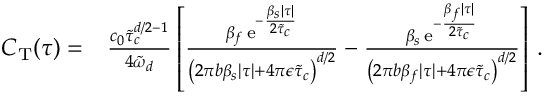
\begin{array} { r l } { C _ { \mathrm { T } } ( \tau ) = } & { \frac { c _ { 0 } \tilde { \tau } _ { c } ^ { d / 2 - 1 } } { 4 \tilde { \omega } _ { d } } \left[ \frac { \beta _ { f } \, \mathrm { e } ^ { - \frac { \beta _ { s } \lvert \tau \rvert } { 2 \tilde { \tau } _ { c } } } } { \left( 2 \pi b \beta _ { s } \lvert \tau \rvert + 4 \pi \epsilon \tilde { \tau } _ { c } \right) ^ { d / 2 } } - \frac { \beta _ { s } \, \mathrm { e } ^ { - \frac { \beta _ { f } \lvert \tau \rvert } { 2 \tilde { \tau } _ { c } } } } { \left( 2 \pi b \beta _ { f } \lvert \tau \rvert + 4 \pi \epsilon \tilde { \tau } _ { c } \right) ^ { d / 2 } } \right] \, . } \end{array}